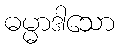
ဓမ္မာဒါသော